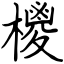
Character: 㯶